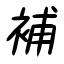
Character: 補